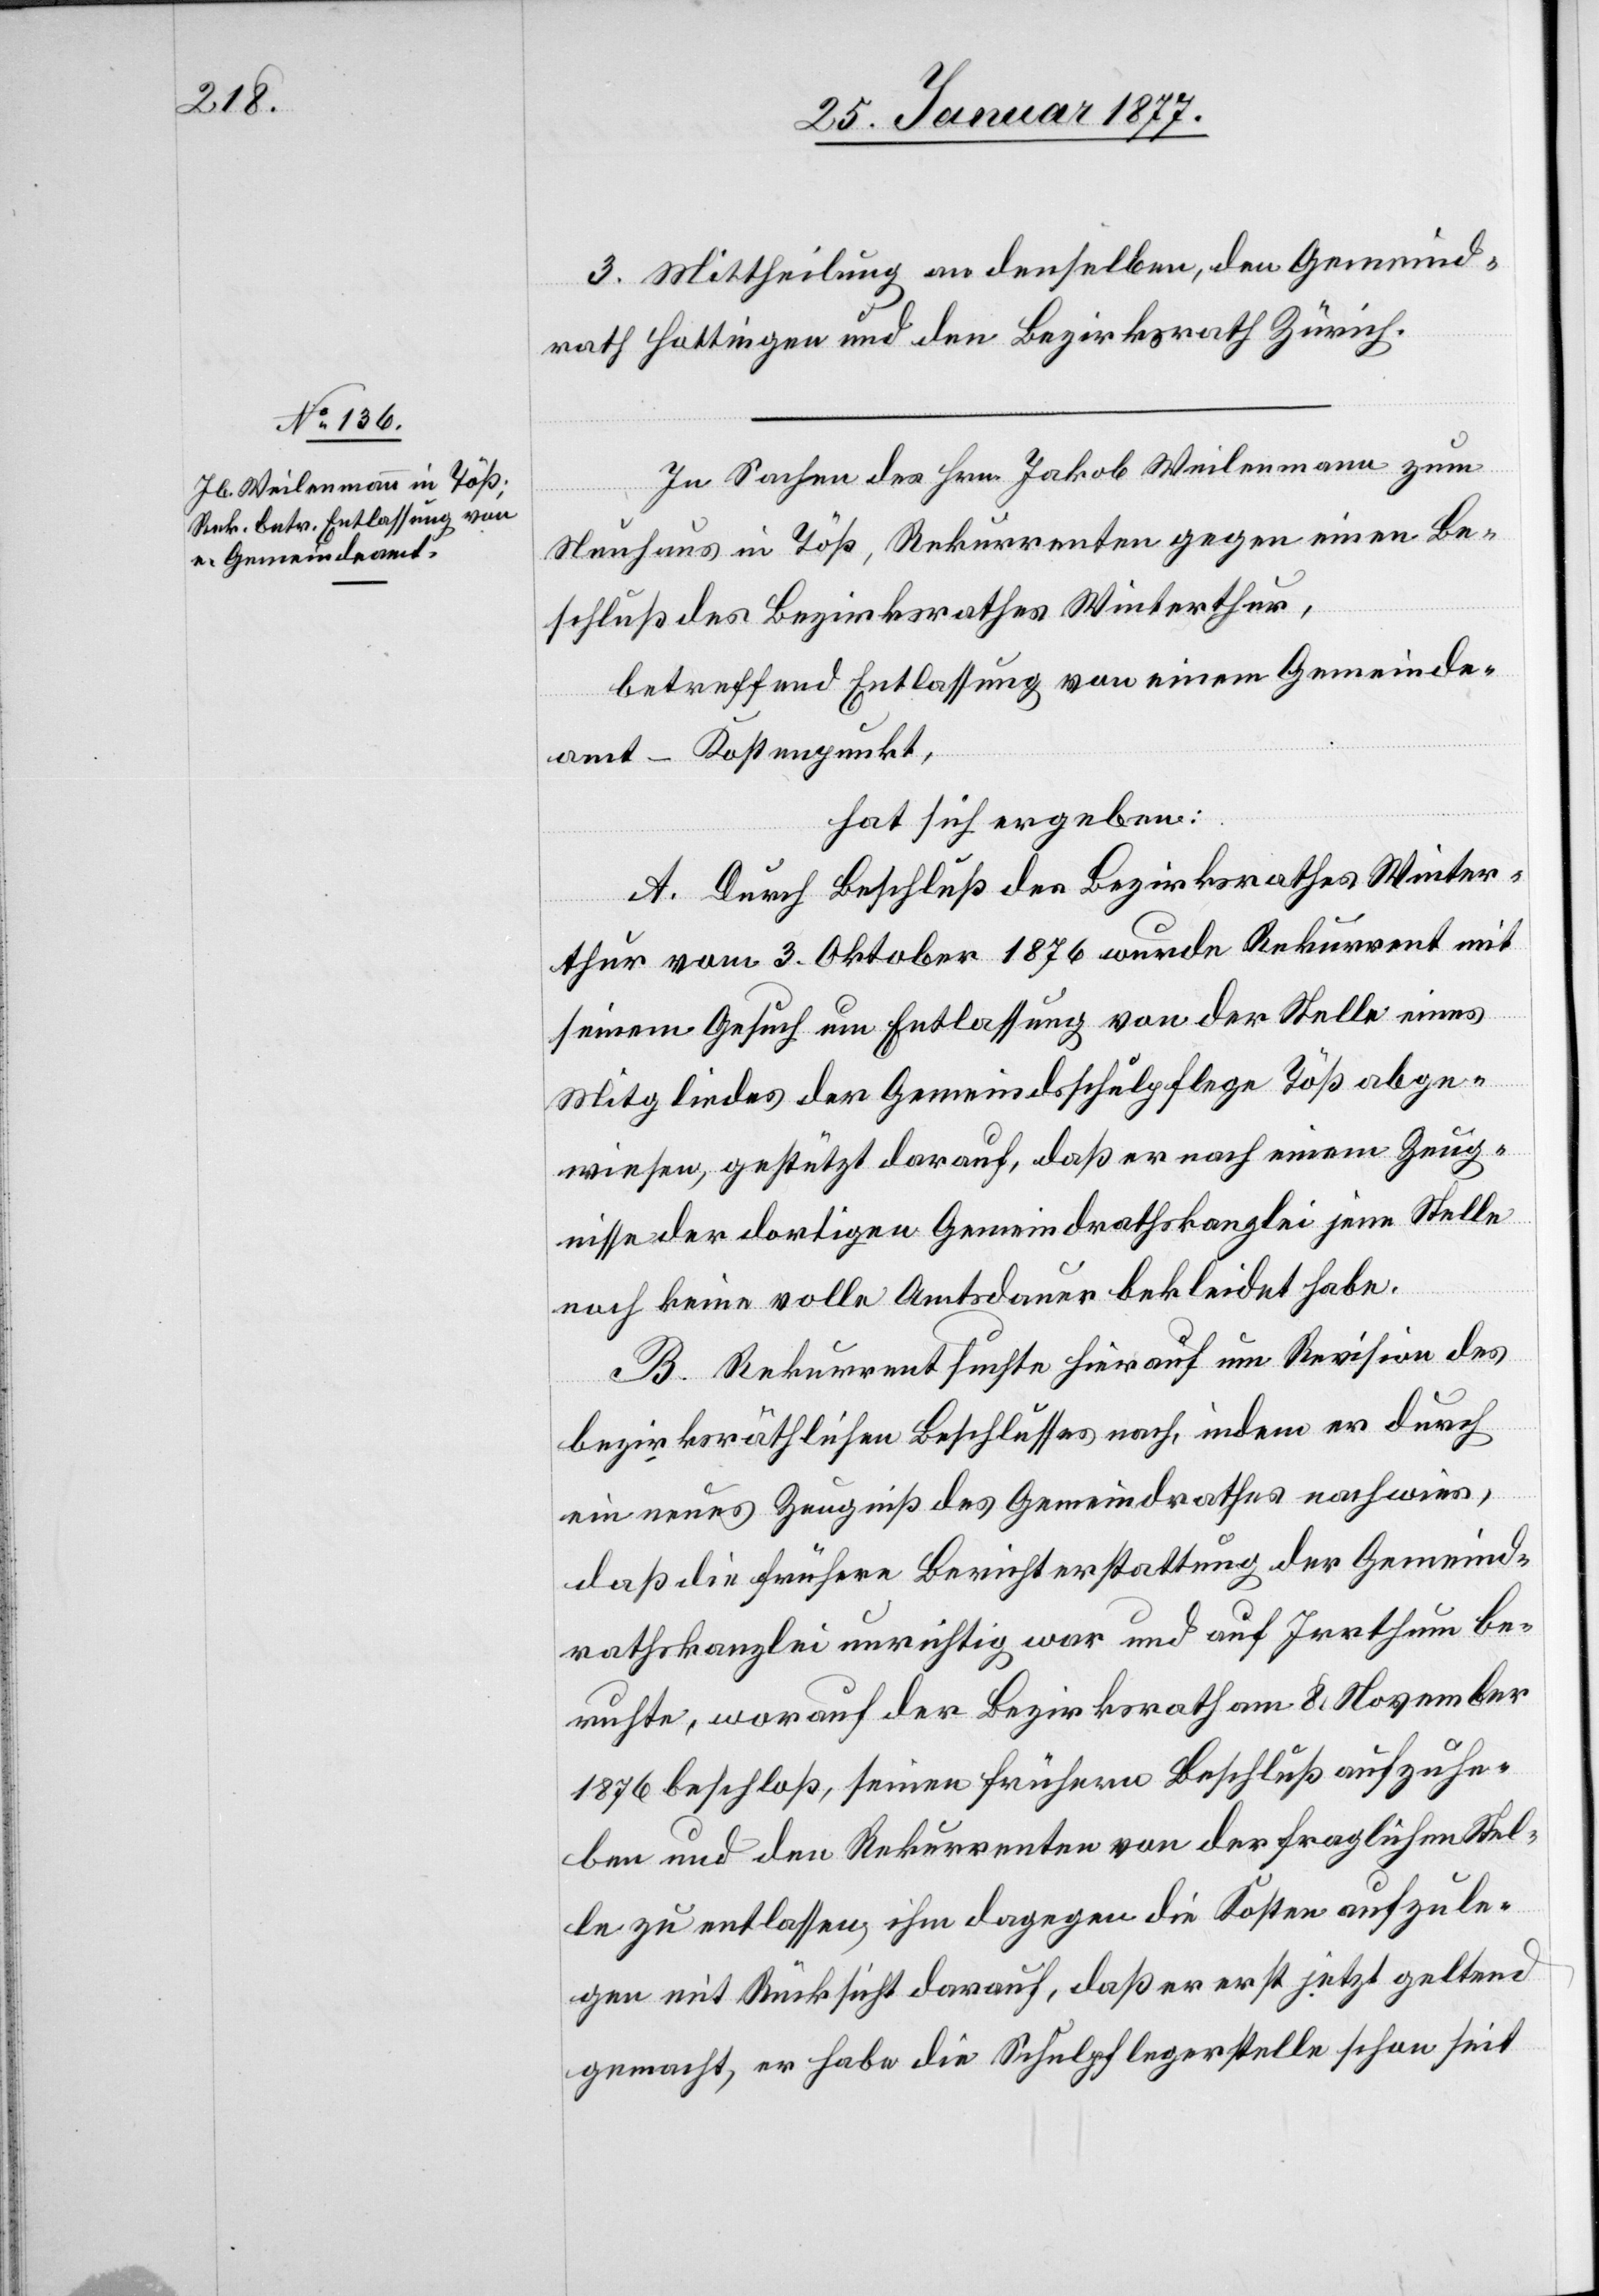
3. Mittheilung an denselben, den Gemeind¬
rath Hottingen und den Bezirksrath Zürich.
In Sachen des Hrn. Jakob Weilenmann zum
Neuhaus in Töß, Rekurrenten gegen einen Be¬
schluß des Bezirksrathes Winterthur,
betreffend Entlassung von einem Gemeinde¬
amt – Kostenpunkt,
hat sich ergeben:
A. Durch Beschluß des Bezirksrathes Winter¬
thur vom 3. Oktober 1876 wurde Rekurrent mit
seinem Gesuch um Entlassung von der Stelle eines
Mitgliedes der Gemeindsschulpflege Töß abge¬
wiesen, gestützt darauf, daß er nach einem Zeug¬
nisse der dortigen Gemeindrathskanzlei jene Stelle
noch keine volle Amtsdauer bekleidet habe.
B. Rekurrent suchte hierauf um Revision des
bezirksräthlichen Beschlusses nach, indem er durch
ein neues Zeugniß des Gemeindrathes nachwies,
daß die frühere Berichterstattung der Gemeind¬
rathskanzlei unrichtig war und auf Irrthum be¬
ruhte, worauf der Bezirksrath am 8. November
1876 beschloß, seinen frühern Beschluß aufzuhe¬
ben und den Rekurrenten von der fraglichen Stel¬
le zu entlassen, ihm dagegen die Kosten aufzule¬
gen mit Rücksicht darauf, daß er erst jetzt geltend
gemacht, er habe die Schulpflegerstelle schon seit